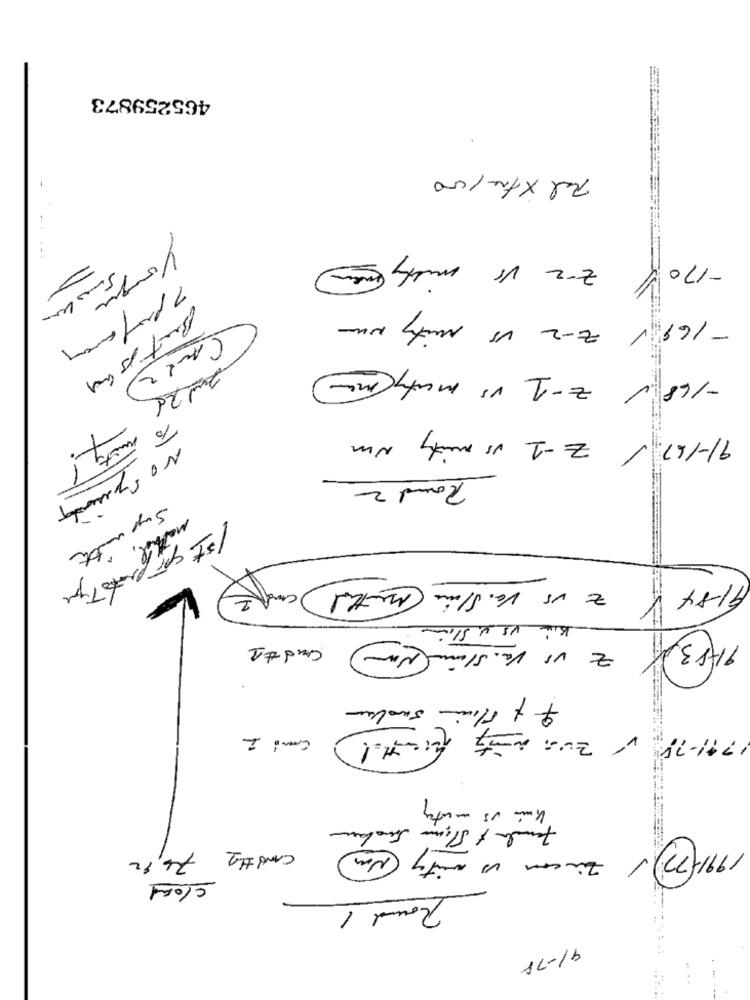
465259873
Tel xtre/000
-
---
yorgu
-169 V Z-2 Vs mity No
-168 / z-1 vs maty ma
But is my
(And2)
91-167 Z-1 vs mity um
Round 2
No Symonds
mathel.
1st cr proto Type
Card
Z us Van Slime Method
91-84
1
Kin vs v. Stime
and#1
Kim us munity
Female & Mann Smalare
1991 -22) Zincon us mity Nm
Card #1 76,92
cload
Round 1
91-78